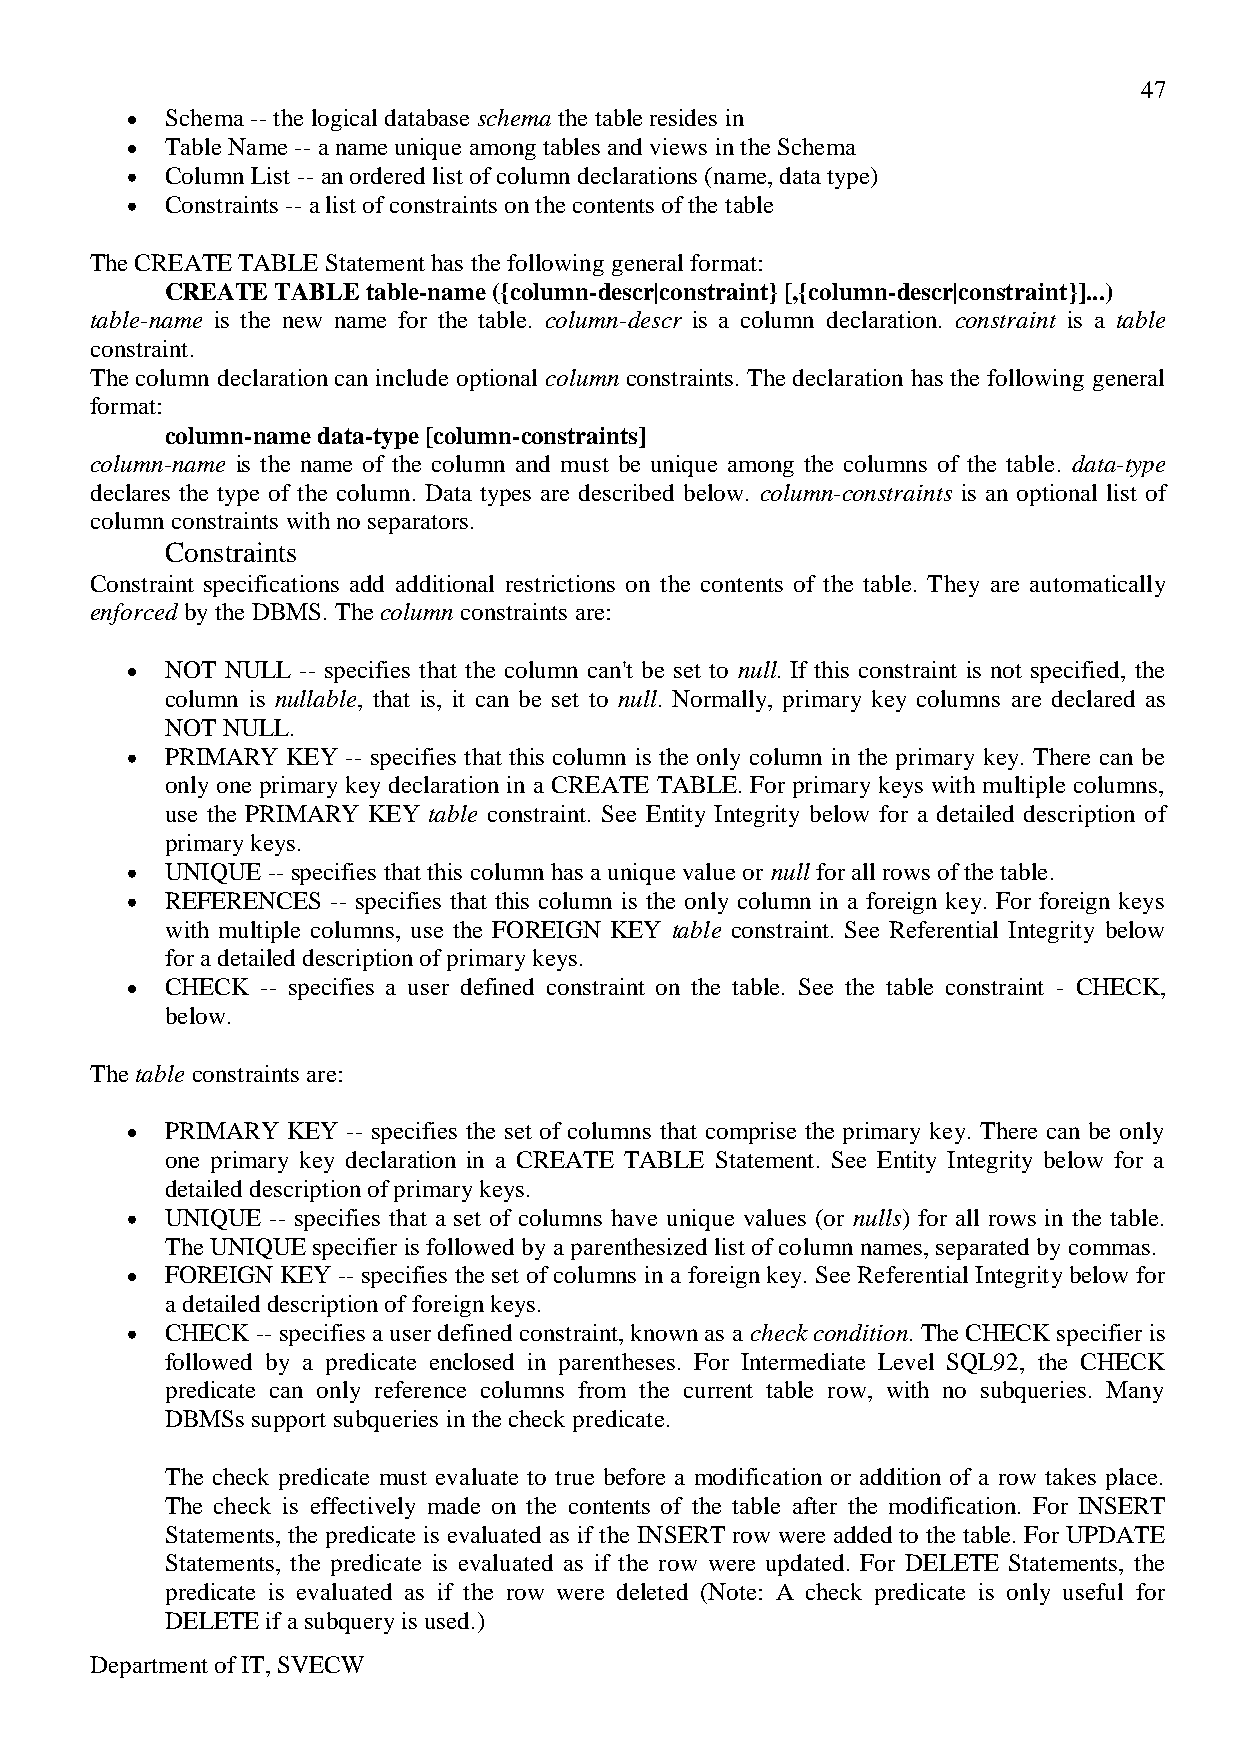
47
 Schema -- the logical database schema the table resides in
 Table Name -- a name unique among tables and views in the Schema
 Column List -- an ordered list of column declarations (name, data type)
 Constraints -- a list of constraints on the contents of the table
 The CREATE TABLE Statement has the following general format:
 CREATE TABLE table-name ({column-descr|constraint} [,{column-descr|constraint}]...)
 table-name is the new name for the table. column-descr is a column declaration. constraint is a table
 constraint.
 The column declaration can include optional column constraints. The declaration has the following general
 format:
 column-name data-type [column-constraints]
 column-name is the name of the column and must be unique among the columns of the table. data-type
 declares the type of the column. Data types are described below. column-constraints is an optional list of
 column constraints with no separators.
 Constraints
 Constraint specifications add additional restrictions on the contents of the table. They are automatically
 enforced by the DBMS. The column constraints are:
 NOT NULL -- specifies that the column can't be set to null. If this constraint is not specified, the
 column is nullable, that is, it can be set to null. Normally, primary key columns are declared as
 NOT NULL.
 PRIMARY KEY -- specifies that this column is the only column in the primary key. There can be
 only one primary key declaration in a CREATE TABLE. For primary keys with multiple columns,
 use the PRIMARY KEY table constraint. See Entity Integrity below for a detailed description of
 primary keys.
 UNIQUE -- specifies that this column has a unique value or null for all rows of the table.
 REFERENCES -- specifies that this column is the only column in a foreign key. For foreign keys
 with multiple columns, use the FOREIGN KEY table constraint. See Referential Integrity below
 for a detailed description of primary keys.
 CHECK -- specifies a user defined constraint on the table. See the table constraint - CHECK,
 below.
 The table constraints are:
 PRIMARY KEY -- specifies the set of columns that comprise the primary key. There can be only
 one primary key declaration in a CREATE TABLE Statement. See Entity Integrity below for a
 detailed description of primary keys.
 UNIQUE -- specifies that a set of columns have unique values (or nulls) for all rows in the table.
 The UNIQUE specifier is followed by a parenthesized list of column names, separated by commas.
 FOREIGN KEY -- specifies the set of columns in a foreign key. See Referential Integrity below for
 a detailed description of foreign keys.
 CHECK -- specifies a user defined constraint, known as a check condition. The CHECK specifier is
 followed by a predicate enclosed in parentheses. For Intermediate Level SQL92, the CHECK
 predicate can only reference columns from the current table row, with no subqueries. Many
 DBMSs support subqueries in the check predicate.
 The check predicate must evaluate to true before a modification or addition of a row takes place.
 The check is effectively made on the contents of the table after the modification. For INSERT
 Statements, the predicate is evaluated as if the INSERT row were added to the table. For UPDATE
 Statements, the predicate is evaluated as if the row were updated. For DELETE Statements, the
 predicate is evaluated as if the row were deleted (Note: A check predicate is only useful for
 DELETE if a subquery is used.)
 Department of IT, SVECW